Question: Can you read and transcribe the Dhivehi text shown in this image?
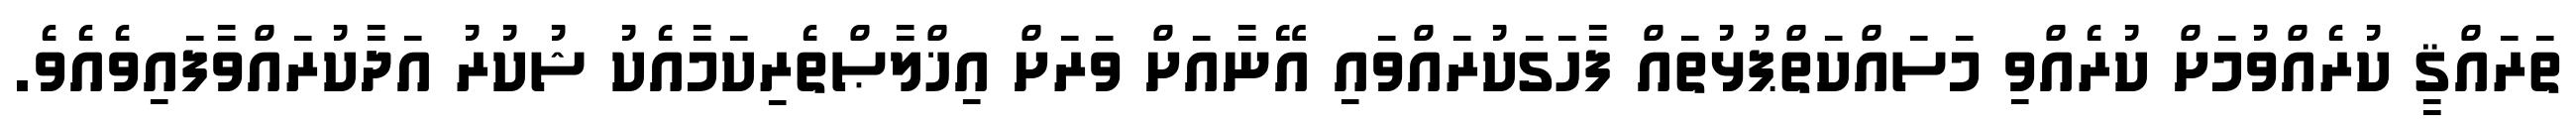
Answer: ތަރައްޤީ ކުރެއްވުމަށް ކުރެއްވި މަސައްކަތްޕުޅުތައް ފާހަގަކުރައްވައި އޭނާއަށް ވަރަށް އިޚްލާޞްތެރިކަމާއެކު ޝުކުރު އަދާކުރައްވާފައިވެއެވެ.